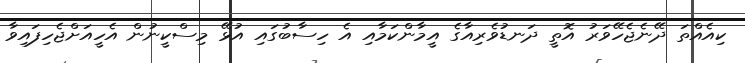
ކިއެއްތަ ދޭނެޖެހޭވަރު އޮތީ ދަނޑުވެރިއާގެ އީމާންކަމާއި އެ ހިސާބުގައި އުޅޭ މިސްކީނުން އެހީއަށްޖެހިފައިވާ